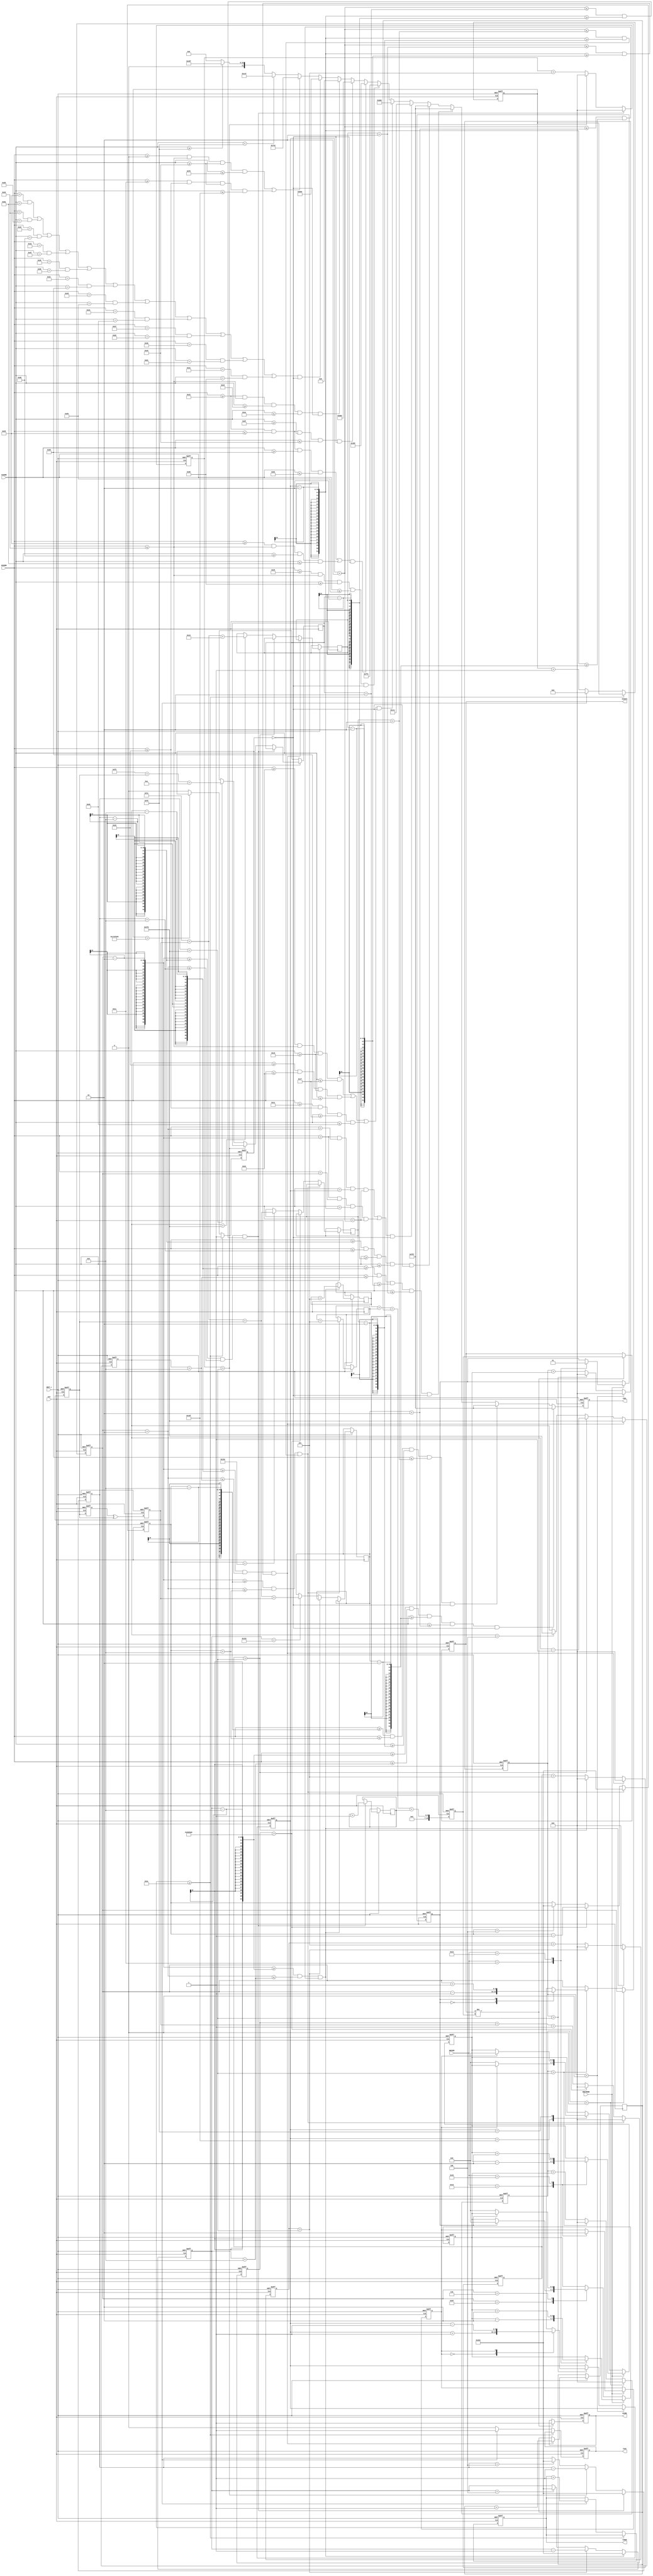
`timescale 1ns / 1ps
//////////////////////////////////////////////////////////////////////////////////
// 
// Design Name: Video Game
// Module Name: VGAController
// Project Name: Lab 6
// Description: The functionality of the game is written in this module.
//////////////////////////////////////////////////////////////////////////////////
module VGAController(
    input CLK, ARST_L, KBSTROBE,
    input [7:0] KBCODE,
    input [9:0] HCOORD, VCOORD,
    output reg SCORE, TICK,
    output [7:0] TIMER,    
    output reg [11:0] CSEL,
    output reg [19:0] POINTS
    );
    wire arst_i;
    reg [3:0] xrate_i, vrate_i;
    reg [3:0] q0_i, q1_i, q2_i;
    reg xspeed_i, vspeed_i, timeout_i;
    reg [7:0] timer_i;
    reg [9:0] fishy1_i, fishx1_i; 
    reg [9:0] fishy2_i, fishx2_i; 
    reg [9:0] fishy3_i, fishx3_i; 
    reg [9:0] fishy4_i, fishx4_i;
    reg [9:0] xpos_i, vpos_i;
    reg [3:0] point1_i, point2_i, point3_i, point4_i;
    reg [19:0] temppoints_i;
    reg [22:0] xcounter_i, vcounter_i, fishtime1_i, fishtime2_i, fishtime3_i, fishtime4_i; 
    reg [25:0] gamecounter_i;
    //Key declaration:
    parameter [7:0] W = 8'h1D;
    parameter [7:0] A = 8'h1C;
    parameter [7:0] S = 8'h1B;
    parameter [7:0] D = 8'h23;
    //Background color declaration:
    parameter [11:0] WATER = 12'b010010011111;
    parameter [11:0] PANTS = 12'b100000000000;
    parameter [11:0] POLE = 12'b100010000100;
    parameter [11:0] DOCK = 12'b011101000010;
    parameter [11:0] SHOES = 12'b000000000000;
    parameter [11:0] SKY = 12'b110011101111;
    parameter [11:0] FACE = 12'b111111111110;
    parameter [11:0] HAIR = 12'b100101100000;
    parameter [11:0] FISH = 12'b111110000111;
    parameter [11:0] HOOK = 12'b110011001100;
    parameter [11:0] LINE = 12'b111111111111;
    parameter [11:0] SHIRT = 12'b010000001001;

    assign arst_i = ~ARST_L;   
    
    always @(posedge CLK or posedge arst_i)
    begin
    //If a key is pressed the counter is increased and the velocity is changed by one
        if(arst_i) begin
            xrate_i <= 4'sb0000;
            vrate_i  <= 4'sb0000;
            xspeed_i <= 1'b0;
            vspeed_i <= 1'b0;            
        end
        else if(KBSTROBE) begin
            case(KBCODE)
                W : begin
                vspeed_i <= 1'b1;
                vrate_i <= vrate_i - 2;              
                end
                A : begin
                xspeed_i <= 1'b0;
                xrate_i <= xrate_i - 2;              
                end
                S : begin
                vspeed_i <= 1'b0;
                vrate_i <= vrate_i + 2;                
                end
                D : begin
                xspeed_i <= 1'b1;
                xrate_i <= xrate_i + 2;               
                end
            endcase
        end
        else begin
            //Bounce if Little Guy collides with a wall
            case(xpos_i)
                159 : if(xspeed_i == 1'b1) xrate_i <= 0;
                    else; 
                6 : if(xspeed_i == 1'b0) xrate_i <= 0;
                    else;
            endcase
            case(vpos_i)
                479 : if(vspeed_i == 1'b0) vrate_i <= 0;                 
                    else;
                240 : if(vspeed_i == 1'b1) vrate_i <= 0;                    
                    else;
            endcase          
        end
    end
    //Adjust the horizontal speed of the sprite by changing the rate of the xcounter
    always @(posedge CLK or posedge arst_i)
    begin
        if(arst_i) begin
            xcounter_i <= 22'b0000000000000000000000;
            xpos_i <= 48;
        end
        else if(xcounter_i < 0) xcounter_i <= 0; 
        else if(xcounter_i > 2500000) begin
            //Sprite moves by a fixed amount of pixels
            case(xspeed_i)
                 1'b0:  xpos_i <= xpos_i - 1;                
                 1'b1:  xpos_i <= xpos_i + 1;
            endcase
            xcounter_i <= 0;   
        end
        else 
            xcounter_i <= xcounter_i + xrate_i;                        
    end
    //Adjust the vertical speed of the sprite by changing the rate of the vcounter
    always @(posedge CLK or posedge arst_i)
    begin
        if(arst_i) begin
            vcounter_i <= 22'b0000000000000000000000;
            vpos_i <= 248;
        end
        else if(vcounter_i < 0) vcounter_i <= 0;
        else if(vcounter_i > 2500000) begin
            //Sprite moves by a fixed amount of pixels
            case(vspeed_i)
                 1'b0 : vpos_i <= vpos_i + 1;
                 1'b1 : vpos_i <= vpos_i - 1;
            endcase
            vcounter_i <= 0; 
        end
        else vcounter_i <= vcounter_i + vrate_i;                                     
    end
    //This is the Internal LFSR for the randomization of the fish speeds
    always @(posedge CLK or posedge arst_i)
    begin
        if(arst_i) q0_i <= 15; 
        else q0_i <= q2_i;
    end
    always @(posedge CLK or posedge arst_i)
    begin
        if(arst_i) q1_i <= 6; 
        else q1_i <= (q0_i ^ q2_i);
    end
    always @(posedge CLK or posedge arst_i)
    begin
        if(arst_i) q2_i <= 15; 
        else q2_i <= q1_i;
    end    
    //Fish on 1st timer
    always @(posedge CLK or posedge arst_i)
    begin
        if(arst_i) begin
            fishtime1_i <= 22'b0000000000000000000000;
            fishx1_i <= 643;
        end
        //If fish 1 is caught
        else if((((xpos_i - 2) >= (fishx1_i - 8)) && ((xpos_i + 2) <= (fishx1_i + 8))) && 
                (((vpos_i + 2) <= (fishy1_i + 2)) && ((vpos_i - 2) >= (fishy1_i - 2)))) begin
            fishx1_i <= 643;
            fishtime1_i <= 0;
            point1_i <= point1_i + 5;
        end
        else if(fishtime1_i > 2500000) begin
            fishx1_i <= fishx1_i - 1;
            fishtime1_i <= 0;
        end
        else begin 
            fishtime1_i <= fishtime1_i + 5;                        
            //Randomize the vertical position of the first fish when it spawns
            case(fishx1_i)
                338 : fishy1_i <= 250 + q1_i + q2_i + q1_i;
                4 : fishx1_i <= 643;
                default: ;
            endcase
        end
    end
    //Fish on 2nd timer
    always @(posedge CLK or posedge arst_i)
    begin
        if(arst_i) begin
            fishtime2_i <= 22'b0000000000000000000000;
            fishx2_i <= 643;
        end
        //If fish 2 is caught
        else if((((xpos_i - 2) >= (fishx2_i - 8)) && ((xpos_i + 2) <= (fishx2_i + 8))) && 
                (((vpos_i + 2) <= (fishy2_i + 2)) && ((vpos_i - 2) >= (fishy2_i - 2)))) begin
            fishx2_i <= 643;
            fishtime2_i <= 0; 
            point2_i <= point2_i + 5;
        end        
        else if(fishtime2_i > 2500000) begin
            fishx2_i <= fishx2_i - 1;
            fishtime2_i <= 0;
        end
        else begin
            fishtime2_i <= fishtime2_i + q1_i + 1; 
            //Randomize the vertical position of the second fish when it spawns
            case(fishx2_i)
                318 : fishy2_i <= 250 + q1_i + q2_i;
                4 : fishx2_i <= 643; 
            endcase
        end    
    end
    //Fish on 3rd timer
    always @(posedge CLK or posedge arst_i)
    begin
        if(arst_i) begin
            fishtime3_i <= 22'b0000000000000000000000;
            fishx3_i <= 635;
        end
        //If fish 3 is caught
        else if((((xpos_i - 2) >= (fishx3_i - 8)) && ((xpos_i + 2) <= (fishx3_i + 8))) && 
                (((vpos_i + 2) <= (fishy3_i + 2)) && ((vpos_i - 2) >= (fishy3_i - 2)))) begin
            fishx3_i <= 635;
            fishtime3_i <= 0; 
            point3_i <= point3_i + 1;
        end
        else if(fishtime3_i > 2500000) begin
            fishx3_i <= fishx3_i - 1;
            fishtime3_i <= 0;
        end
        else begin
            fishtime3_i <= fishtime3_i + 5; 
            //Randomize the vertical position of the third fish when it spawns
            case(fishx3_i)
                635 : fishy3_i <= 250 + q1_i + 25;
                4 : fishx3_i <= 635; 
            endcase
        end               
    end
    
    //Fish on 4th timer
    always @(posedge CLK or posedge arst_i)
    begin
        if(arst_i) begin
            fishtime4_i <= 22'b0000000000000000000000;
            fishx4_i <= 643;
        end  
        //If fish 4 is caught  
        else if((((xpos_i - 2) >= (fishx4_i - 8)) && ((xpos_i + 2) <= (fishx4_i + 8))) && 
                (((vpos_i + 2) <= (fishy4_i + 2)) && ((vpos_i - 2) >= (fishy4_i - 2)))) begin
            fishx4_i <= 643;
            fishtime4_i <= 0;
            point4_i <= point4_i + 1;
        end        
        else if(fishtime4_i > 2500000) begin
            fishx4_i <= fishx4_i - 1;
            fishtime4_i <= 0;
        end
        else begin
            fishtime4_i <= fishtime4_i + 5; 
            //Randomize the vertical position of the fourth fish when it spawns  
            case(fishx4_i)
                635 : fishy4_i <= 245 + q2_i + 10;
                4 : fishx4_i <= 643;
            endcase
        end  
    end
    //Tally all the points from catching the different kinds of fish
    always @(posedge CLK or posedge arst_i)
    begin
        if(arst_i) temppoints_i <= 0;
        else temppoints_i <= point1_i + point2_i + point3_i + point4_i;
    end
    always @(posedge CLK or posedge arst_i)
    begin
        if(arst_i) begin
            SCORE <= 0;
            POINTS <= 0;
        end
        else if(POINTS != temppoints_i) begin
            SCORE <= 1;
            POINTS <= temppoints_i;
        end
        else;
    end
    //Game count down timer
    assign TIMER = timer_i;
    always @(posedge CLK or posedge arst_i)
    begin
        if(arst_i) begin
            timeout_i <= 1'b1;
            timer_i <= 0;
            TICK <= 0;
            gamecounter_i <= 0;
        end
        else if(timer_i >= 60) timeout_i <= 1'b1;
        else if(gamecounter_i > 25000000) begin
            timer_i <= timer_i + 1;
            TICK <= 1;
            gamecounter_i <= 0;
        end
        else begin
            gamecounter_i <= gamecounter_i + 1;
            TICK <= 0;
            timeout_i <= 1'b0;
        end         
    end
               
    //Dictates what color should be displayed on the screen
    always @(posedge CLK or posedge arst_i)
    begin
        if(arst_i)
            CSEL <= 12'b000000000000;
        else if((HCOORD >= (fishx1_i - 8)) && (HCOORD <= (fishx1_i + 8)) && (VCOORD >= (fishy1_i - 2)) && (VCOORD <= (fishy1_i + 2)) && (timeout_i == 1'b0))
            CSEL <= FISH;   
        else if((HCOORD >= (fishx2_i - 8)) && (HCOORD <= (fishx2_i + 8)) && (VCOORD >= (fishy2_i - 2)) && (VCOORD <= (fishy2_i + 2)) && (timeout_i == 1'b0))
            CSEL <= FISH;
        else if((HCOORD >= (fishx3_i - 8)) && (HCOORD <= (fishx3_i + 8)) && (VCOORD >= (fishy3_i - 2)) && (VCOORD <= (fishy3_i + 2)) && (timeout_i == 1'b0))
            CSEL <= FISH;
        else if((HCOORD >= (fishx4_i - 8)) && (HCOORD <= (fishx4_i + 8)) && (VCOORD >= (fishy4_i - 2)) && (VCOORD <= (fishy4_i + 2)) && (timeout_i == 1'b0))
            CSEL <= FISH; 
        else if((((HCOORD > xpos_i-2) && (HCOORD < xpos_i+2) && (VCOORD > vpos_i) && (VCOORD < vpos_i+2)) || 
            ((HCOORD > xpos_i-2) && (HCOORD < xpos_i) && (VCOORD > vpos_i-2) && (VCOORD < vpos_i+2))) && (timeout_i == 1'b0))
            CSEL <= HOOK;
        else if((((HCOORD >= 36) && (HCOORD <= 40) && (VCOORD >= 205) && (VCOORD <= 207)) || 
            ((HCOORD >= 32) && (HCOORD <= 36) && (VCOORD >= 205) && (VCOORD <= 213)) ||
            ((HCOORD >= 30) && (HCOORD <= 32) && (VCOORD >= 207) && (VCOORD <= 211))) && (timeout_i == 1'b0))
            CSEL <= HAIR;
        else if((HCOORD >= 37) && (HCOORD <= 40) && (VCOORD >= 208) && (VCOORD <= 212) && (timeout_i == 1'b0))
            CSEL <= FACE;
        else if((((HCOORD >= 34) && (HCOORD <= 38) && (VCOORD >= 213) && (VCOORD <= 222)) || 
            ((HCOORD >= 38) && (HCOORD <= 40) && (VCOORD >= 216) && (VCOORD <= 218))) && (timeout_i == 1'b0))
            CSEL <= SHIRT;
        else if((HCOORD >= 34) && (HCOORD <= 38) && (VCOORD >= 223) && (VCOORD <= 232) && (timeout_i == 1'b0))
            CSEL <= PANTS;
        else if((HCOORD >= 34) && (HCOORD <= 40) && (VCOORD >= 233) && (VCOORD <= 234)  && (timeout_i == 1'b0)) 
            CSEL <= SHOES;   
        else if((((HCOORD == 38) && (VCOORD == 218)) || ((HCOORD == 40) && (VCOORD == 217)) || ((HCOORD == 41) && (VCOORD == 216)) 
            || ((HCOORD == 42) && (VCOORD == 215)) || ((HCOORD == 43) && (VCOORD == 214)) || ((HCOORD == 44) && (VCOORD == 213)) 
            || ((HCOORD == 45) && (VCOORD == 212)) || ((HCOORD == 46) && (VCOORD == 211)) || ((HCOORD == 47) && (VCOORD == 210))
            || ((HCOORD == 48) && (VCOORD == 209)) || ((HCOORD == 49) && (VCOORD == 208))) && (timeout_i == 1'b0))            
            CSEL <= POLE;
        else if(((HCOORD >= 0) && (HCOORD <= 40) && (VCOORD >= 232) && (VCOORD <= 248)) || 
            ((HCOORD >= 28) && (HCOORD <= 32) && (VCOORD >= 232) && (VCOORD <= 479))) 
            CSEL <= DOCK;
        else if(VCOORD < 240)
            CSEL <= SKY;
        else if(VCOORD >= 240)
            CSEL <= WATER;
        else
            CSEL <= 12'b000000000000;
    end         
endmodule